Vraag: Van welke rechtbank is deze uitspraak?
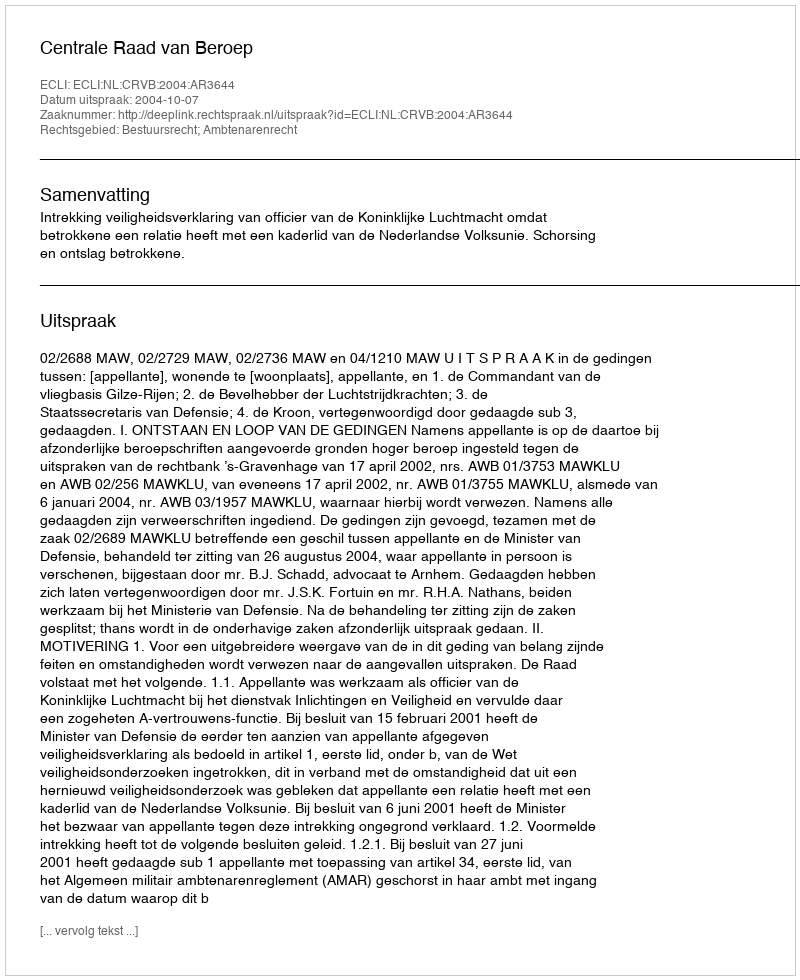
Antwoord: Centrale Raad van Beroep